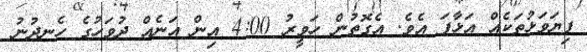
ފިޔަވަޅުތަކެއް އަޅާފަ އެވެ. އެގޮތުން ހަވީރު 4:00 އިން އަނެއް ދުވަހުގެ ހެނދުނު